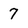
Character: 7